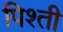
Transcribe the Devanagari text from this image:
पिश्ती